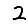
Digit: 2